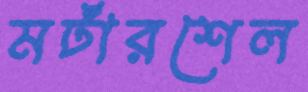
মর্টারশেল